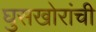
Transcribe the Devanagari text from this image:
घुसखोरांची